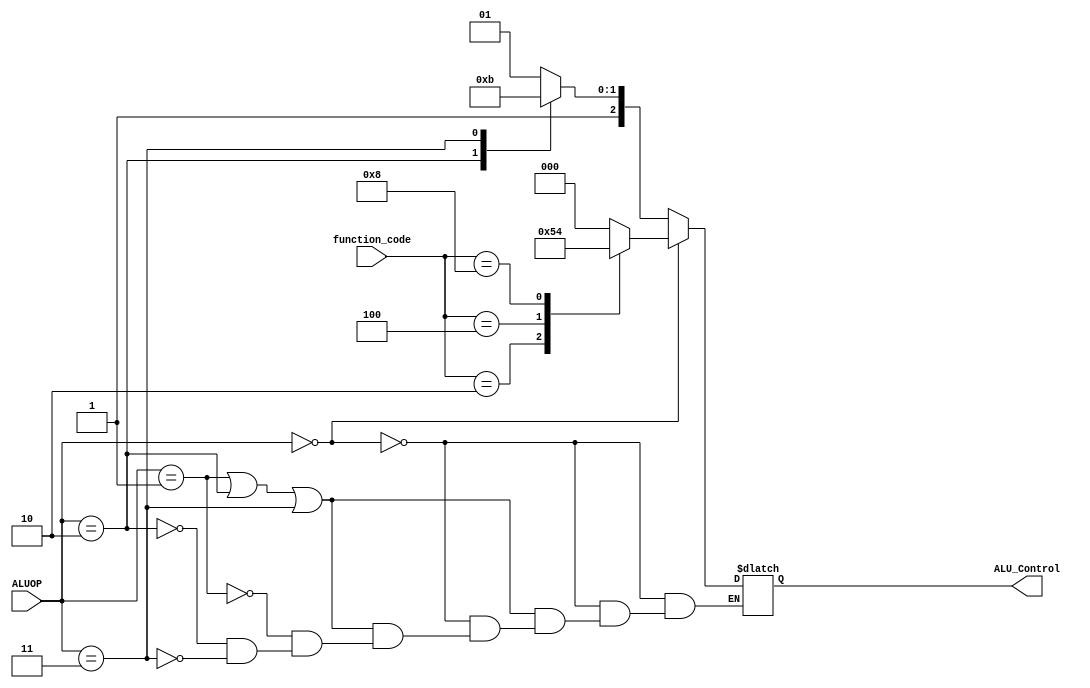
module ALU_Control
(
    input [1:0] ALUOP,
	input [3:0] function_code,
    output reg [2:0] ALU_Control
    );
always @(*) begin

	if (ALUOP == 2'b00) begin
		case(function_code)
			4'b0001: ALU_Control = 3'b000;
			4'b0010: ALU_Control = 3'b001;
			4'b0100: ALU_Control = 3'b010;
			4'b1000: ALU_Control = 3'b100;
			default: ALU_Control = 3'bxxx;
		endcase
	end
	else if ((ALUOP == 2'b01 | ALUOP == 2'b10 | ALUOP == 2'b11)) begin
		casex(ALUOP)
			2'b01: ALU_Control = 3'b101;
			2'b10: ALU_Control = 3'b110;
			2'b11: ALU_Control = 3'b111;
		endcase
	end
	else ALU_Control = 3'bxxx;
end
endmodule